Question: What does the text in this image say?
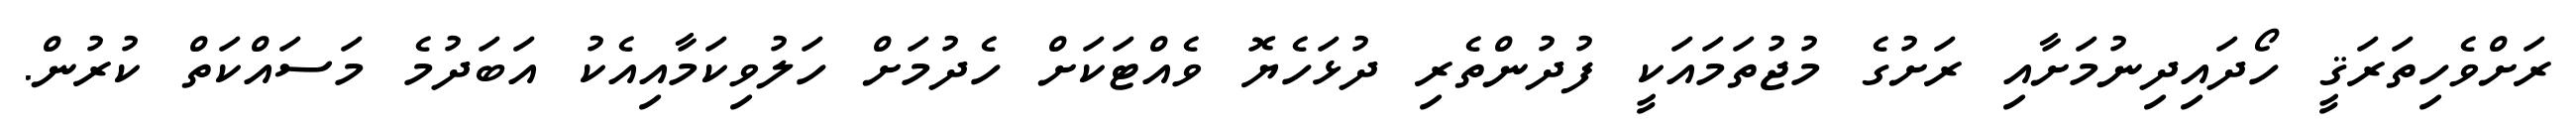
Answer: ރަށްވެހިތަރަޤީ ހޯދައިދިނުމަށާއި ރަށުގެ މުޖުތަމައަކީ ފުދުންތެރި ދުޅަހެޔޮ ވެއްޓަކަށް ހެދުމަށް ހަލުވިކަމާއިއެކު އަބަދުމެ މަސައްކަތް ކުރުން.